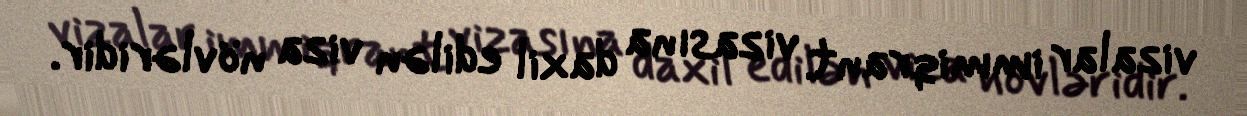
vizalar immiqrant vizasına daxil edilən viza növləridir.